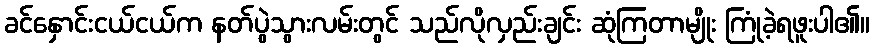
ခင်နှောင်းငယ်ငယ်က နတ်ပွဲသွားလမ်းတွင် သည်လိုလှည်းချင်း ဆုံကြတာမျိုး ကြုံခဲ့ရဖူးပါ၏။